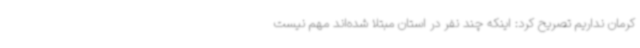
کرمان نداریم تصریح کرد: اینکه چند نفر در استان مبتلا شده‌اند مهم نیست